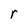
Character: r